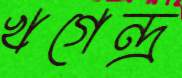
খগেন্দ্র